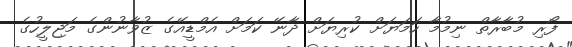
ފޯރި މުބާރާތް ނިމުމާ ހަމަޔަށް ކުރިޔަށް ދާނޭ ކަމަށް އެމްޑީއޭގެ ޒުވާނުންގެ މަޖިލީހުގެ